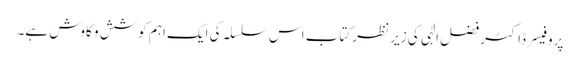
پروفیسر ڈاکٹر فضل الٰہی کی زیر نظر کتاب اس سلسلہ کی ایک اہم کوشش و کاوش ہے۔